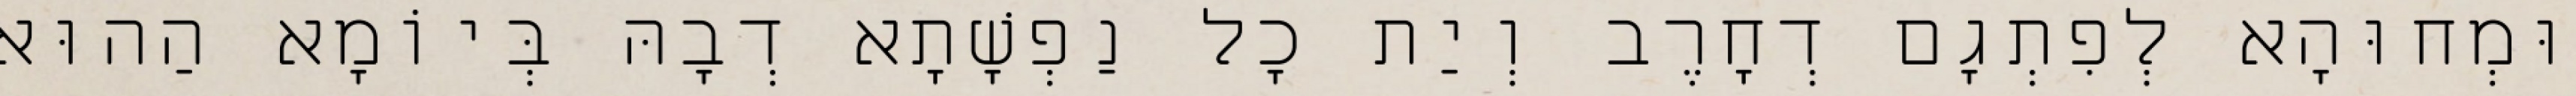
וּמְחוּהָא לְפִתְגָם דְחָרֶב וְיַת כָל נַפְשָׁתָא דְבָהּ בְּיוֹמָא הַהוּא